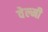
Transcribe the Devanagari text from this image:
वेल्मी